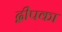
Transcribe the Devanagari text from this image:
द्वीपका